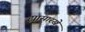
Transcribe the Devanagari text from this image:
ह्यासारखे